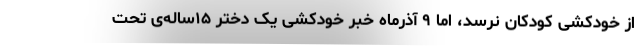
از خودکشی کودکان نرسد، اما ۹ آذرماه خبر خودکشی یک دختر ۱۵ساله‌ی تحت